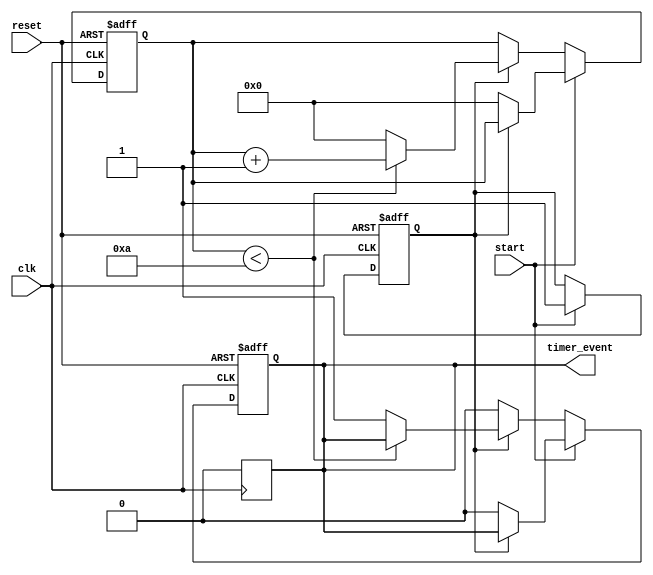
module TimerEventControl #(
    parameter TIME_INTERVAL = 10 // Time interval in simulation time units
)(
    input wire clk,               // Clock signal
    input wire start,             // Start signal
    input wire reset,             // Reset signal
    output reg timer_event        // Timer event signal
);

    reg [31:0] counter;           // Counter to track elapsed time
    reg active;                   // State to indicate if timer is active

    // Always block to handle timer operation
    always @(posedge clk or posedge reset) begin
        if (reset) begin
            // Reset condition
            counter <= 0;
            timer_event <= 0;
            active <= 0;
        end else if (start) begin
            // Start condition
            if (!active) begin
                active <= 1;      // Activate timer
                counter <= 0;     // Reset counter
                timer_event <= 0; // Ensure event signal is low
            end
        end else if (active) begin
            // Timing logic
            if (counter < TIME_INTERVAL) begin
                counter <= counter + 1; // Increment counter
            end else begin
                // Event generation
                timer_event <= 1; // Assert the timer event signal
                // Reset the timer for continuous operation
                counter <= 0;     // Reset counter
            end
        end else begin
            // If not active, ensure timer_event is low
            timer_event <= 0;
        end
    end

    // Always block to handle timer event duration
    always @(posedge clk) begin
        if (timer_event) begin
            // Hold the timer event signal for one clock cycle
            timer_event <= 0; // De-assert after one clock cycle
        end
    end

endmodule